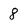
Character: 8